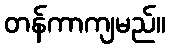
တန်ကာကျမည်။